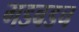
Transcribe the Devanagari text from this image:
गडबडच